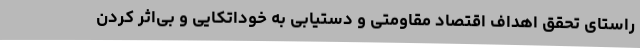
راستای تحقق اهداف اقتصاد مقاومتی و دستیابی به خوداتکایی و بی‌اثر کردن